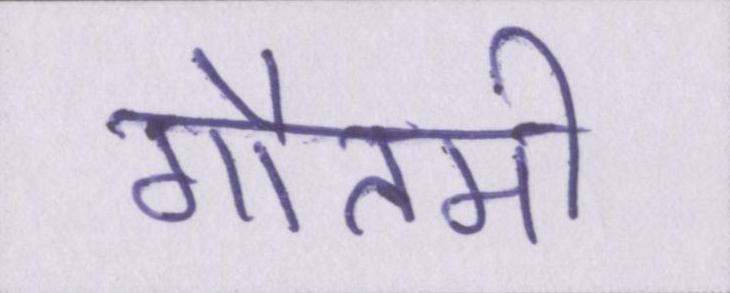
गौतमी